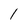
Character: 1